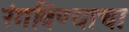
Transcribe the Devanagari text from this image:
रंगविण्याचा